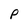
Character: p